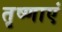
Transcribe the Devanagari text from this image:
तृष्णाएं